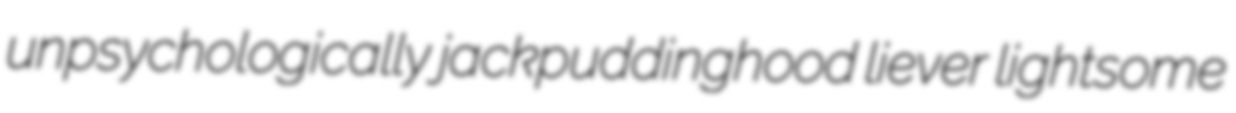
unpsychologically jackpuddinghood liever lightsome